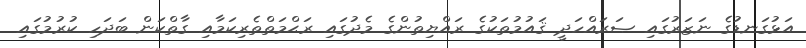
އަޅުގަނޑުގެ ނަޒަރުގައި ޞަރައްހަދީ ޤައުމުތަކުގެ ރައްޔިތުންގެ މެދުގައި ރަޙްމަތްތެރިކަމާއި ގާތްކަން ބަދަހި ކުރުމުގައި